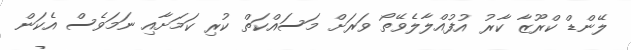
ލޭންޑް ކްރޫޒާ ކާރު އުފުއްލާލެވޭތޯ ވަރަށް މަސައްކަތް ކުރި ކަމަށާއި ނަމަވެސް އެކަން